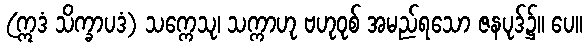
(ဣဒံ သိက္ခာပဒံ) သက္ကေသု၊ သက္ကာဟု ဗဟုဝုစ် အမည်ရသော ဇနပုဒ်၌။ ပေ။